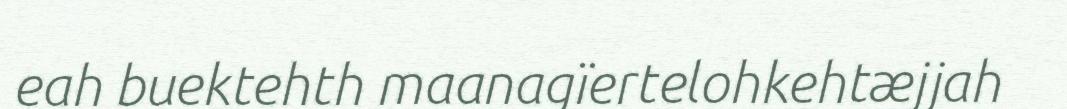
eah buektehth maanagïertelohkehtæjjah